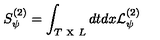
S _ { \psi } ^ { ( 2 ) } = \int _ { T \textrm { x } L } d t d x { { \mathcal { L } } } _ { \psi } ^ { ( 2 ) }